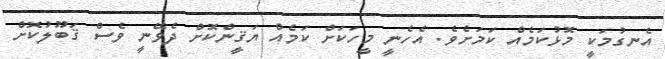
އެނގުމަކީ މޮޅުކަމެއް ކަމަށެވެ. އެހެނީ މީހަކަށް ކަމެއް ޔަޤީންކޮށް ދެވޭނީ ވެސް ޤަބޫލުކޮށް